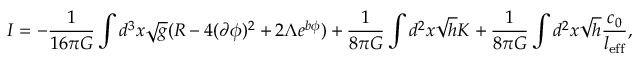
I = - \frac { 1 } { 1 6 \pi G } \int d ^ { 3 } x \sqrt { g } ( R - 4 ( \partial \phi ) ^ { 2 } + 2 \Lambda e ^ { b \phi } ) + \frac { 1 } { 8 \pi G } \int d ^ { 2 } x \sqrt { h } K + \frac { 1 } { 8 \pi G } \int d ^ { 2 } x \sqrt { h } \frac { c _ { 0 } } { l _ { \mathrm { e f f } } } ,